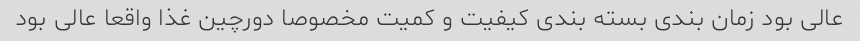
عالی بود زمان بندی بسته بندی کیفیت و کمیت مخصوصا دورچین غذا واقعا عالی بود